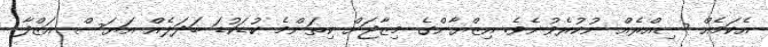
އެކަމެއް ސިއްރެއް ނުކުރެވުނެވެ. އިޒްޔާންގެ މިޒާޖަށް ކިތަންމެ ކުޑަކުޑަ ބަދަލެއް އަޔަސް އަޒްފާ